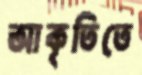
আকৃতিতে